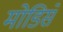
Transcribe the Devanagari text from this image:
मोडिसे